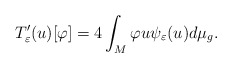
\begin{align*}T_{\varepsilon}'(u)[\varphi]=4\int_{M}\varphi u\psi_{\varepsilon}(u)d\mu_{g}.\end{align*}